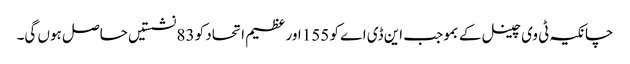
چانکیہ ٹی وی چینل کے بموجب این ڈی اے کو 155 اور عظیم اتحاد کو 83 نشستیں حاصل ہوں گی۔